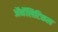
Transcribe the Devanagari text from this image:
ॲनॅलिटिकल